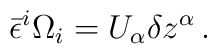
\bar \epsilon^i \Omega_i=U_\alpha \delta z^\alpha\,.